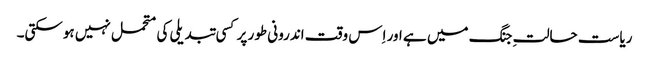
ریاست حالتِ جنگ میں ہے اور اِس وقت اندرونی طور پر کسی تبدیلی کی متحمل نہیں ہوسکتی۔